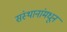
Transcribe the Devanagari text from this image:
संस्थानांमधून